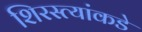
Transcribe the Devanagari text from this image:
शिरस्त्यांकडे